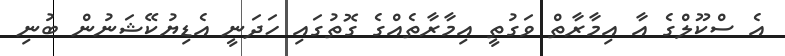
އެ ސްކޫލްގެ އާ އިމާރާތް ވަގުތީ އިމާރާތެއްގެ ގޮތުގައި ހަދަނީ އެޑިޔުކޭޝަނުން ބުނި